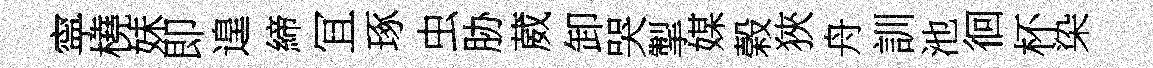
寜橈妹即遑締冝琢虫胁葳卸哭掣媒榖狹舟訓池徊杯染